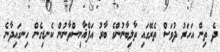
ދެ ތިން އަހަރު ދުވަސް ތެރޭގައި ތާލިބާނުންގެ ބާރު އަފްޣާނިސްތާނުން ކެނޑިގެން ހިނގައިދާނެ